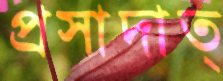
প্রসাদাত্